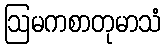
ဩမကစာတုမာသံ